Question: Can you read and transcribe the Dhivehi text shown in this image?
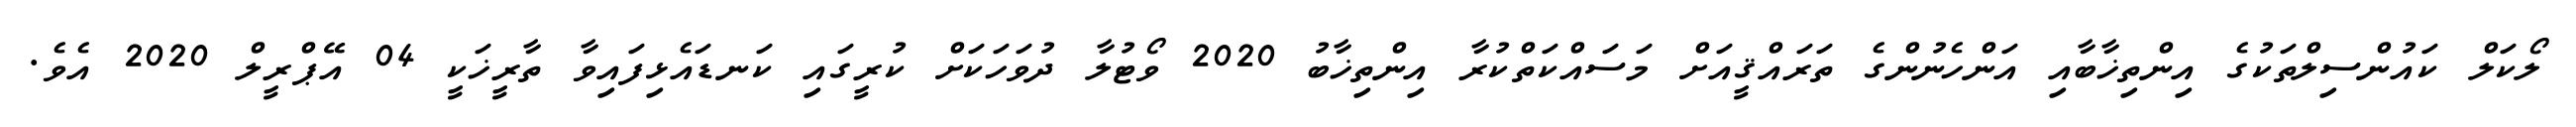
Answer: ލޯކަލް ކައުންސިލްތަކުގެ އިންތިޚާބާއި އަންހެނުންގެ ތަރައްޤީއަށް މަސައްކަތްކުރާ އިންތިޚާބު 2020 ވޯޓުލާ ދުވަހަކަށް ކުރީގައި ކަނޑައެޅިފައިވާ ތާރީޚަކީ 04 އޭޕްރީލް 2020 އެވެ.